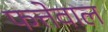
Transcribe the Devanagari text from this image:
फत्तेवाल